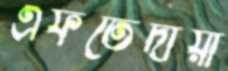
এফতেদায়ী